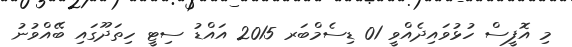
މި އޮފީސް ހުޅުވައިދެއްވީ 01 ޑިސެމްބަރ 2015 އައްޑު ސިޓީ ހިތަދޫގައި ބޭއްވުނު